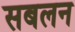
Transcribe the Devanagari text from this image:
सबलन